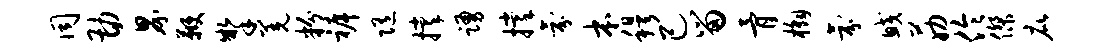
同勘界鞭掣羌粉裤随撑踊撑氛本穆己留骨槲氛鲛筋伶杰庇